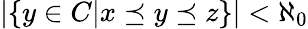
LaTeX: |\{ y\in C|x\preceq y\preceq z\} |<\aleph_{0}